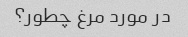
در مورد مرغ چطور؟